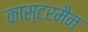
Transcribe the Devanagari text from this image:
कास्टरमैन